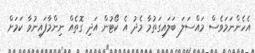
އެހެންނަމަވެސް މައްސަލަ ބަލައިގަތުމާ މެދު އެ ކޯޓުން އަދި ގޮތެއް ނިންމާފައިނުވާ ކަމަށް